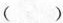
()